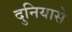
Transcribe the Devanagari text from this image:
दुनियासे